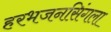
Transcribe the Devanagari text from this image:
हरभजनसिंगला